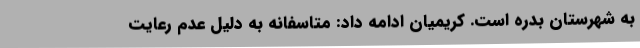
به شهرستان بدره است. کریمیان ادامه داد: متاسفانه به دلیل عدم رعایت